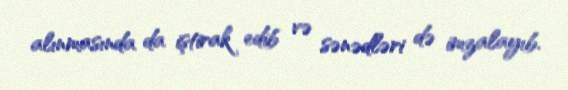
alınmasında da iştirak edib və sənədləri də imzalayıb.